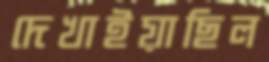
দেখাইয়াছিল